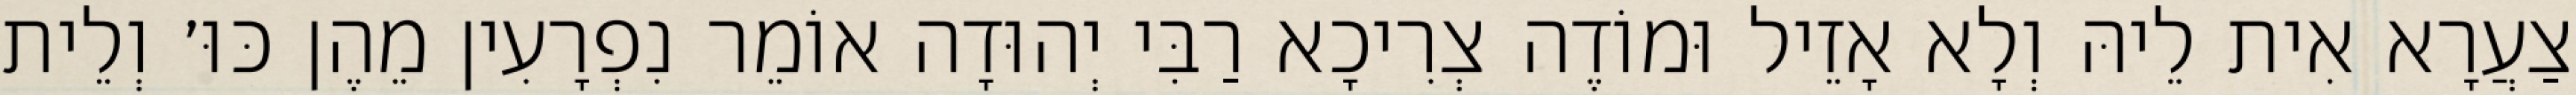
צַעֲרָא אִית לֵיהּ וְלָא אָזֵיל וּמוֹדֶה צְרִיכָא רַבִּי יְהוּדָה אוֹמֵר נִפְרָעִין מֵהֶן כּוּ׳ וְלֵית